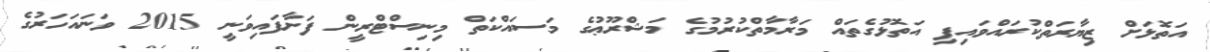
އަތޮޅަށް ޒިޔާރަތްކުރައްވައިފި އަތޮޅުގެތައް މަރާމާތްކުރުމުގެ މަޝްރޫޢުގެ މަސައްކަތް މިނިސްޓްރީން ފަށާފައިވަނީ 2015 ވަނައަހަރުގެ